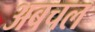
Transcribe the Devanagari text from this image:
अबचल